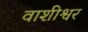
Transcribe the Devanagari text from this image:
वाशीश्वर